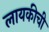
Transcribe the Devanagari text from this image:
लायकीची